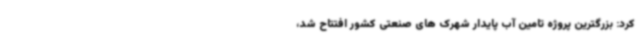
کرد: بزرگترین پروژه تامین آب پایدار شهرک های صنعتی کشور افتتاح شد،